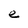
Character: e